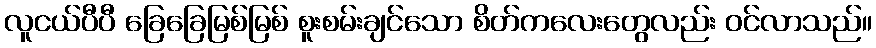
လူငယ်ပီပီ ခြေခြေမြစ်မြစ် စူးစမ်းချင်သော စိတ်ကလေးတွေလည်း ဝင်လာသည်။